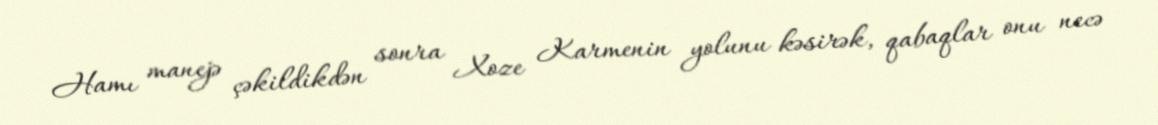
Hamı manejə çəkildikdən sonra Xoze Karmenin yolunu kəsirək, qabaqlar onu necə